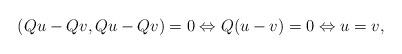
LaTeX: \begin{align*}(Qu-Qv,Qu-Qv)=0 \Leftrightarrow Q(u-v)=0 \Leftrightarrow u=v,\end{align*}